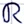
Text: R